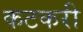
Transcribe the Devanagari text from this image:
कटकरी